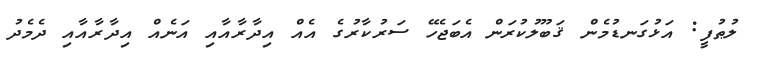
ލުޠުފީ: އަޅުގަނޑުމެން ޤަބޫލުކުރަން އެބަޖެހޭ ސަރުކާރުގެ އެއް އިދާރާއާއި އަނެއް އިދާރާއާއި ދެމެދު